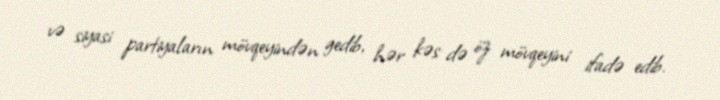
və siyasi partiyaların mövqeyindən gedib, hər kəs də öz mövqeyini ifadə edib.